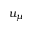
u _ { \mu }